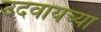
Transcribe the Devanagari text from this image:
उदवायच्या